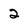
Character: 2